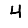
Digit: 4